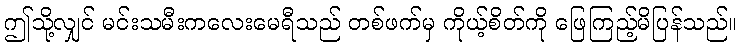
ဤသို့လျှင် မင်းသမီးကလေးမေရီသည် တစ်ဖက်မှ ကိုယ့်စိတ်ကို ဖြေကြည့်မိပြန်သည်။